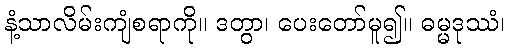
နံ့သာလိမ်းကျံစရာကို။ ဒတွာ၊ ပေးတော်မူ၍။ ဓမ္မဒုဿံ၊